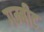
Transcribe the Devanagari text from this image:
गम्बीट